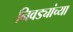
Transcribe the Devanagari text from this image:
निवड्यांच्या